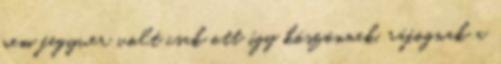
nem fegyver volt csak ott így köszönnek. ráfognak a